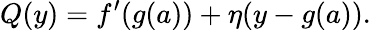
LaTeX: Q(y)=f^{\prime}(g(a))+\eta(y-g(a)).